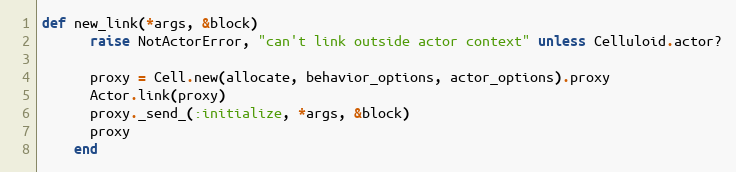
Language: Ruby
def new_link(*args, &block)
      raise NotActorError, "can't link outside actor context" unless Celluloid.actor?

      proxy = Cell.new(allocate, behavior_options, actor_options).proxy
      Actor.link(proxy)
      proxy._send_(:initialize, *args, &block)
      proxy
    end